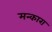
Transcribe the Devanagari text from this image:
मन्कारा